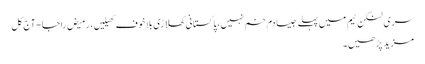
سری لنکن ٹیم میں پہلے جیسا دم خم نہیں،پاکستانی کھلاڑی بلاخوف کھیلیں، رمیض راجا - آج کل
مزید پڑھیں۔